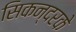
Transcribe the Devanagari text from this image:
सिकन्दरके